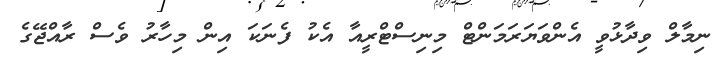
ނިމާލް ވިދާޅުވީ އެންވަޔަރަމަންޓް މިނިސްޓްރީއާ އެކު ފެނަކަ އިން މިހާރު ވެސް ރާއްޖޭގެ